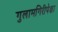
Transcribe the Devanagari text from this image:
गुलामगिरीपेक्षा